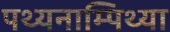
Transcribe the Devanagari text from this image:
पथ्यनाम्पिथ्या